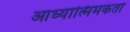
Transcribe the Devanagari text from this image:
आध्यात्मिमकता